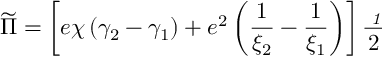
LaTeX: \widetilde { \Pi } = \left[ e \chi \left( \gamma _ { 2 } - \gamma _ { 1 } \right) + e ^ { 2 } \left( \frac 1 { \xi _ { 2 } } - \frac 1 { \xi _ { 1 } } \right) \right] \frac { { \it \Pi } _ { { \it 1 } } } 2